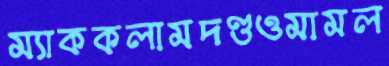
ম্যাককলামদণ্ডওমামল